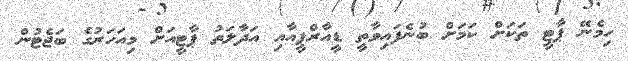
ހިމެނޭ ޕާޓީ ތަކަށް ކަމަށް ބުނެފައިވާތީ ޑީއާރްޕީއާއި އަދާލަތު ޕާޓީއަށް މިއަހަރުގެ ބަޖެޓުން